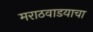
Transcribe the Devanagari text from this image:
मराठवाडयाचा